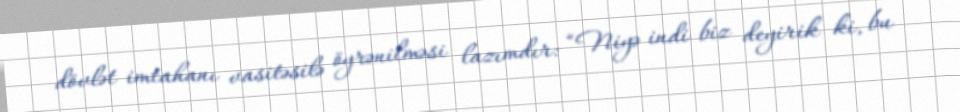
dövlət imtahanı vasitəsilə öyrənilməsi lazımdır: “Niyə indi biz deyirik ki, bu